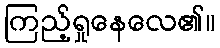
ကြည့်ရှုနေလေ၏။